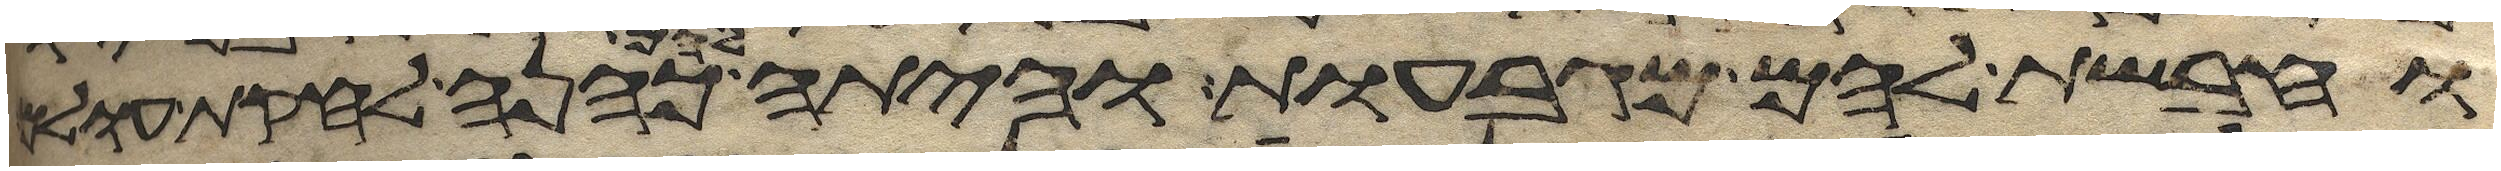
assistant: וחבשת להם מגבעות והיתה להם כהנה לחקת עולם